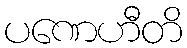
ပဏေဟီတိ